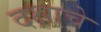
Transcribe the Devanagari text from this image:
दक्षाचे